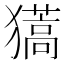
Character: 𤢨